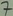
Text: 7